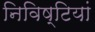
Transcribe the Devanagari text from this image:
निविष्टियां